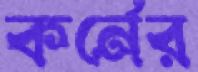
কর্নের